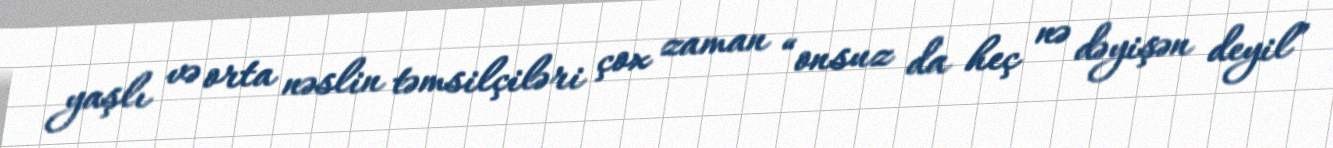
yaşlı və orta nəslin təmsilçiləri çox zaman “onsuz da heç nə dəyişən deyil”